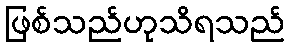
ဖြစ်သည်ဟုသိရသည်